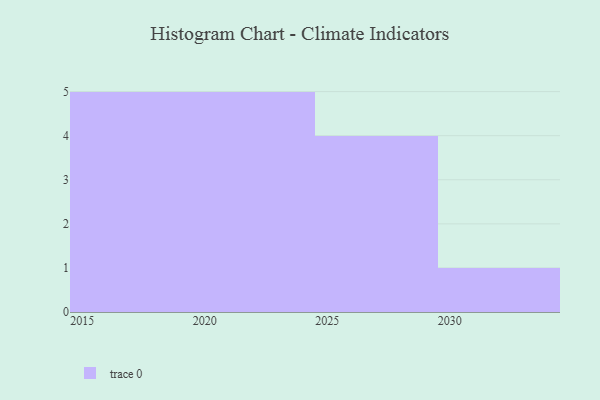
{"axis": {"x": "Year", "y": "Population (Million)"}, "legend": [""], "data": [{"x": "2029", "y": 5, "type": ""}, {"x": "2016", "y": 50, "type": ""}, {"x": "2017", "y": 45, "type": ""}, {"x": "2024", "y": 1, "type": ""}, {"x": "2030", "y": 97, "type": ""}, {"x": "2020", "y": 9, "type": ""}, {"x": "2019", "y": 99, "type": ""}, {"x": "2018", "y": 31, "type": ""}, {"x": "2023", "y": 16, "type": ""}, {"x": "2015", "y": 91, "type": ""}, {"x": "2027", "y": 30, "type": ""}, {"x": "2028", "y": 69, "type": ""}, {"x": "2025", "y": 60, "type": ""}, {"x": "2022", "y": 88, "type": ""}, {"x": "2021", "y": 19, "type": ""}]}